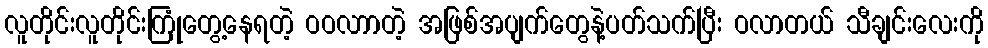
လူတိုင်းလူတိုင်းကြုံတွေ့နေရတဲ့ ဝဝလာာတဲ့ အဖြစ်အပျက်တွေနဲ့ပတ်သက်ပြီး ဝလာတယ် သီချင်းလေးကို